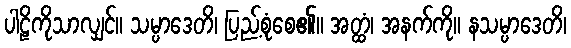
ပါဠိကိုသာလျှင်။ သမ္ပာဒေတိ၊ ပြည့်စုံစေ၏။ အတ္ထံ၊ အနက်ကို။ နသမ္ပာဒေတိ၊